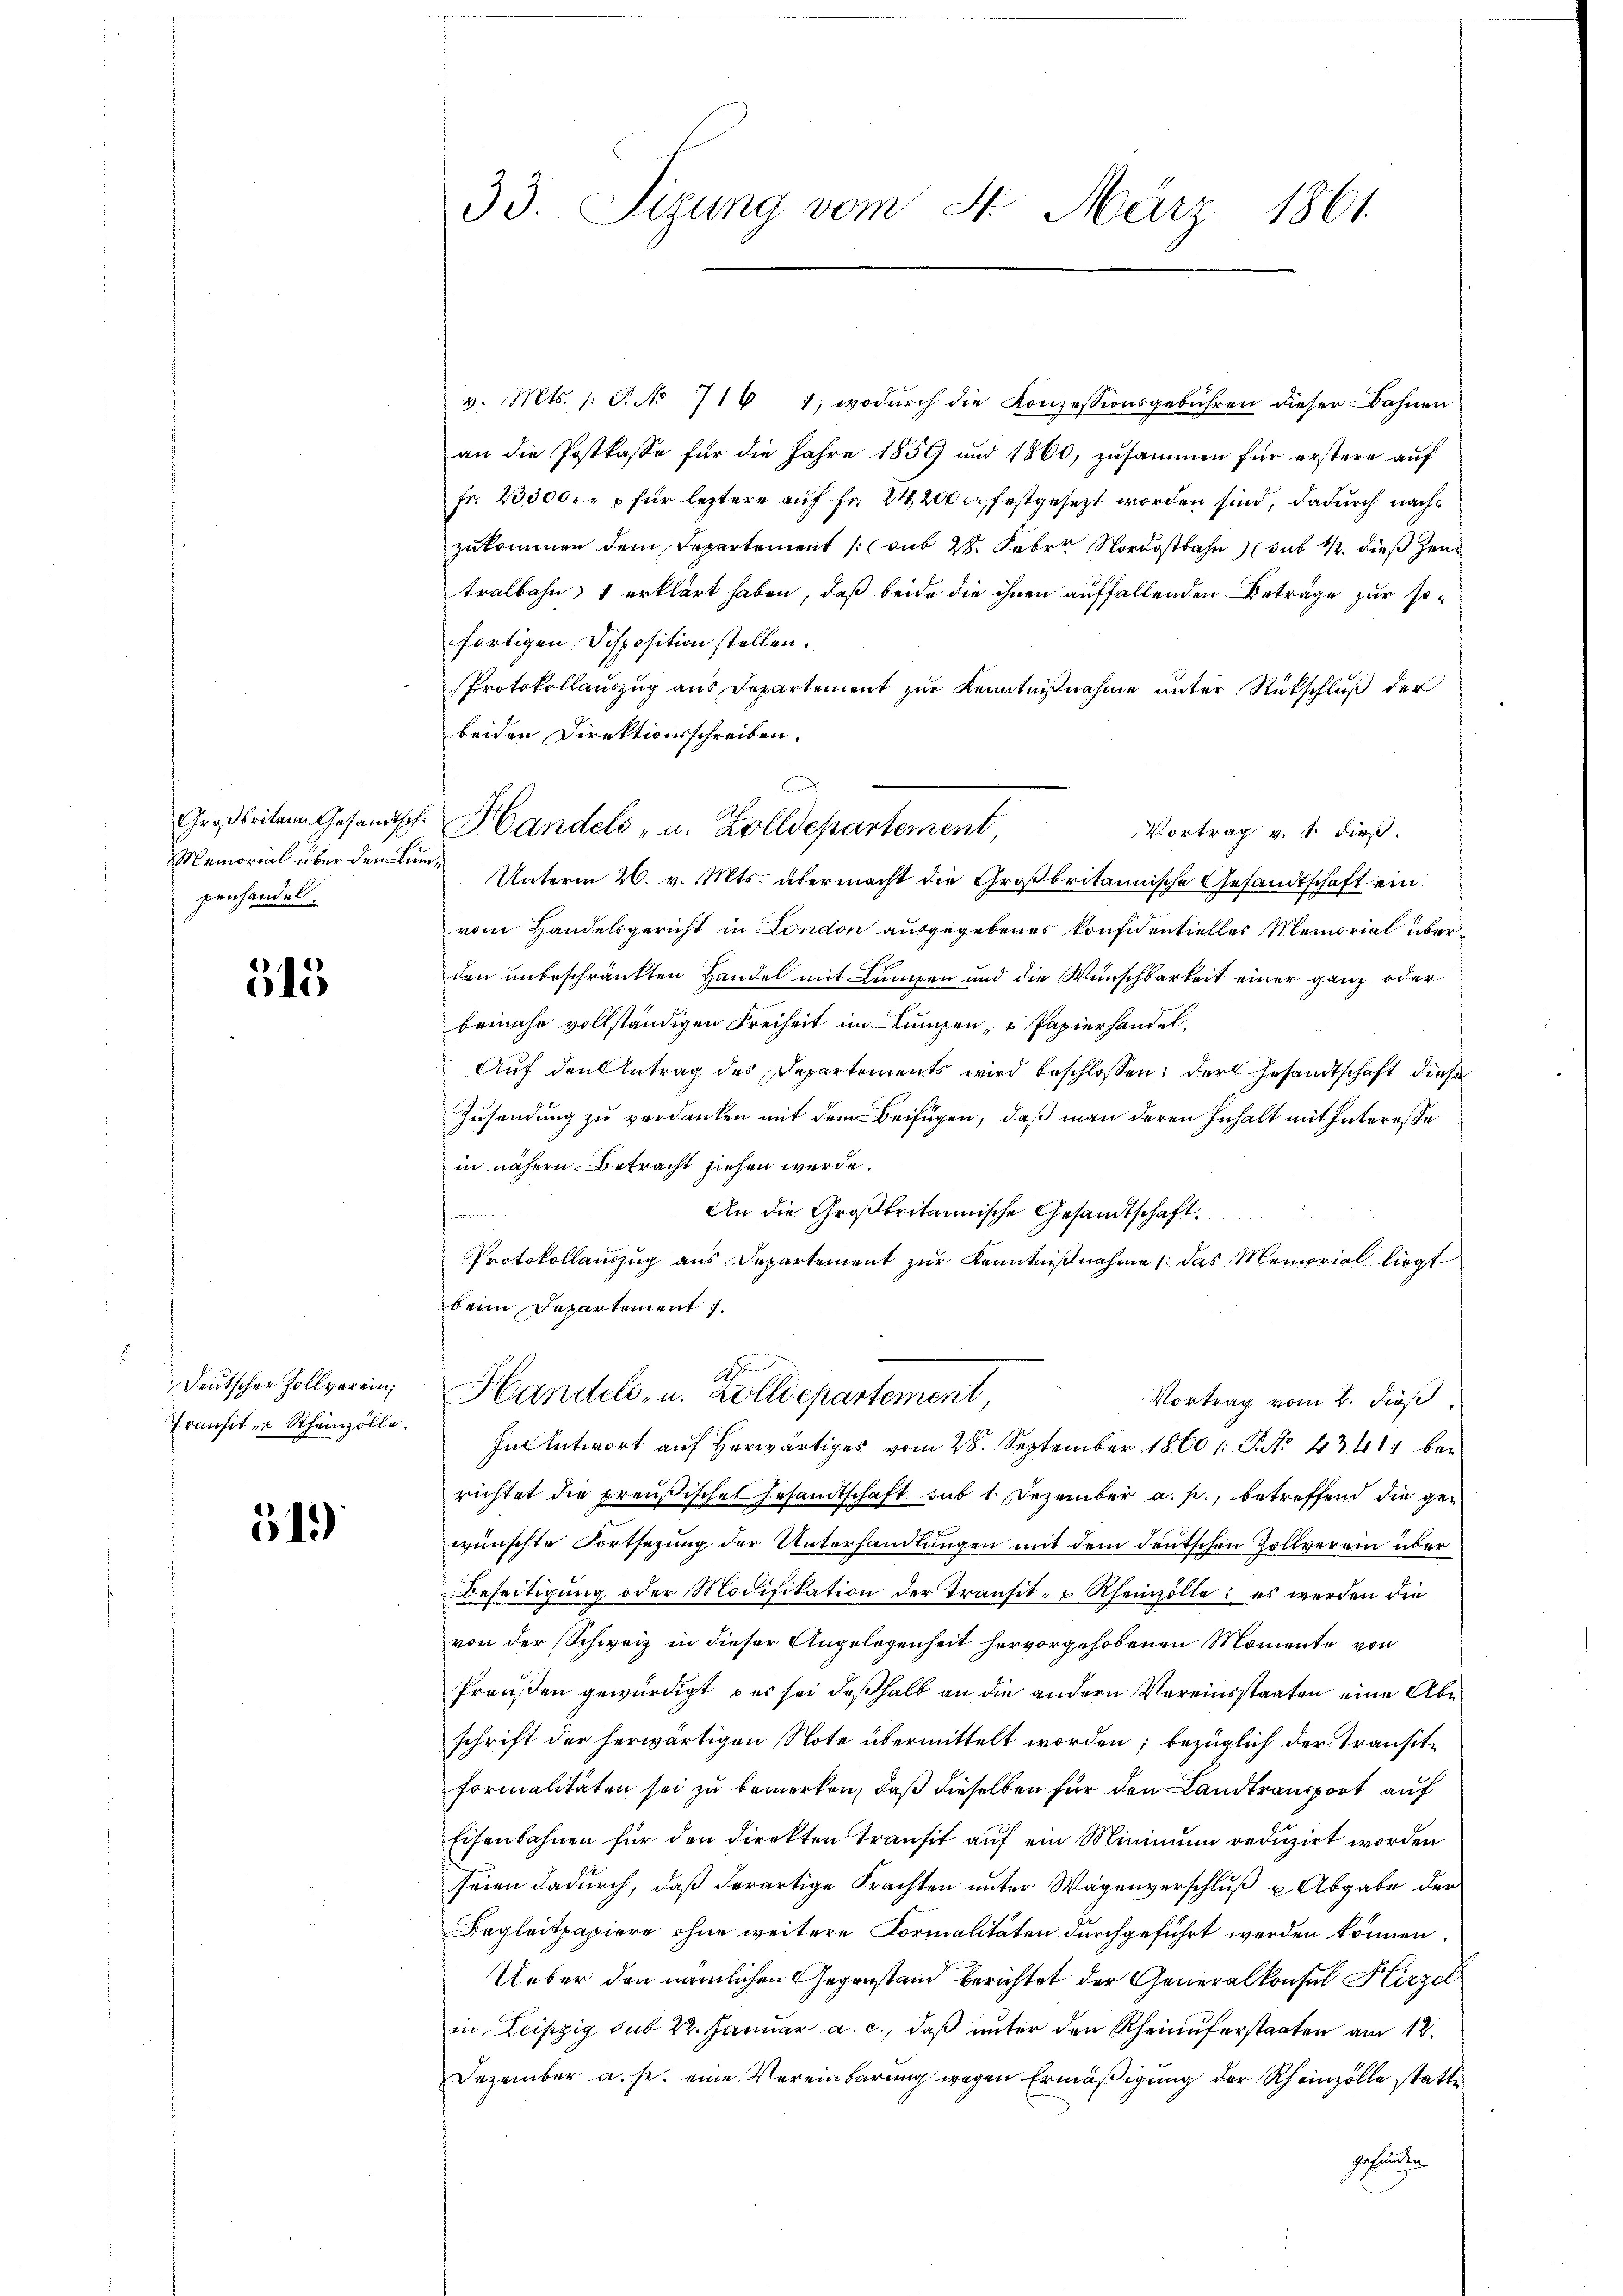
Großbritann. Gesandthof.
Memorial über den Linpenhandel.

515

Deutscher Zollverein,
Transit, u Rheinzolle.

319)

33. Sizung vom 4. März 1861.

v. Mts. s. S. No 716 1, wodŭrch die Konzessionsgebühren dieser Bahnen
an die Postkasse für die Jahre 1859 und 1860, zusammen für erstere auf
fr. 23,300.- für leztere auf Fr. 24200. festgesetzt worden sind, dadurch nachzukommen dem Departement (sub 28. Febr. Nordon 12. dieß zeutralbahn & erklärt haben, daß beide die ihnen auffallenden Beträge zur sofortigen Disposition stellen.
Protokollauszug aus Departement zur Kenntnißnahme unter Rückschluß der
beiden Direktionsschreiben.
Vortrag v. 1 dieß.
 Unterm 26. v. Mts. übermacht die Großbritannische Gesandtschaft ein
vom Handelsgericht in London ausgegebenes Konfidentielles Memorial überden unbeschränkten Handel mit Lumpen und die Wunschbarkeit einer ganz oder
beinahe vollständigen Freiheit im Lumpen- u Papierhandel.
Auf den Antrag des Departements wird beschlossen: der Gesandtschaft diese
Zusendung zu verdanken mit dem Beifügen, daß man deren Inhalt mit Interesse
in nähern Betracht ziehen werde.
An die Großbritannische Gesandtschaft,
Protokollauszug aus Departement zur Kenntnißnahme das Memorial liegt
beim Departement.
do
Handels- u. Zolldepartement,
Vortrag vom 2. dieß,
In Antwort auf herwärtiges vom 28. September 1860 /: P. Nr. 4341) bei
richtet die preußischen Gesandtschaft sub 1. Dezember a. p., betreffend die gewünschte Fortsezung der Unterhandlungen mit dem deutschen Zollverein über
Beseitigung oder Modifikation der Transit- u Rheinzolle; es werden die
von der Schweiz in dieser Angelegenheit hervorgehobenen Momente von
Preußen gewürdigt, das sei deßhalb an die andern Vereinsstaaten eine Abe
schrift der herwärtigen Note übermittelt worden; bezüglich der Transite
formalitäten sei zu bemerken, daß dieselben für den Landtransport auf
Eisenbahnen für den direkten Transit auf ein Minimum reduzirt worden
seien dadurch, daß derartige Frachten unter Wagenverschluß u Abgabe der
Begleitpapiere ohne weitere Formalitäten durchgeführt werden können.
Ueber den nämlichen Gegenstand berichtet der Generalkonsul Hirzel
in Leipzig sub 22. Januar a. c., daß unter den Rheinuferstaaten am 12.
Dezember a. s. eine Vereinbarung wegen Ermäßigung der Rheinzolle statte
galanten

.
Handels- u. Zolldepartement,